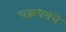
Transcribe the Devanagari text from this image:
चक्रधराचे